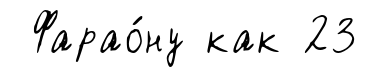
Фарао́ну как 23